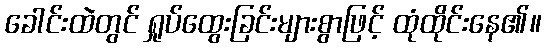
ခေါင်းထဲတွင် ရှုပ်ထွေးခြင်းများစွာဖြင့် ထုံထိုင်းနေ၏။